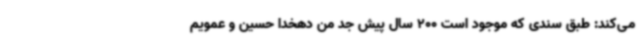
می‌کند: طبق سندی که موجود است 200 سال پیش جد من دهخدا حسین و عمویم